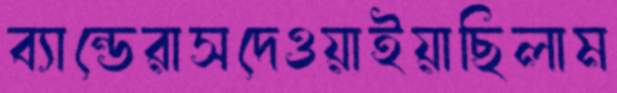
ব্যান্ডেরাসদেওয়াইয়াছিলাম